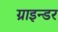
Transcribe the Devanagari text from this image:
ग्राइन्डर